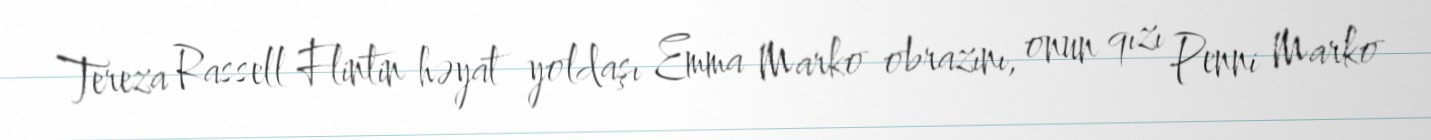
Tereza Rassell Flintin həyat yoldaşı Emma Marko obrazını, onun qızı Penni Marko